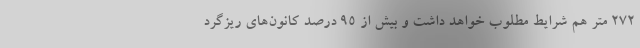
۲۷۲ متر هم شرایط مطلوب خواهد داشت و بیش از ۹۵ درصد کانون‌های ریزگرد